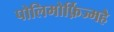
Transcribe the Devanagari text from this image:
पोलिमोर्फ़िज्महै